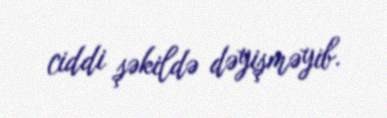
ciddi şəkildə dəyişməyib.